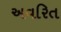
અવરિત